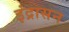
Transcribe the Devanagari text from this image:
इंद्रासन